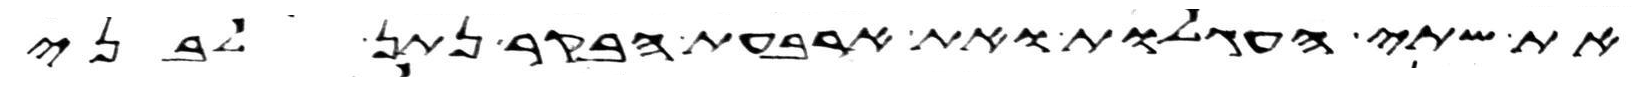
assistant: את שתי העגלות ואת ארבעת הבקר נתן לבני